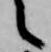
之